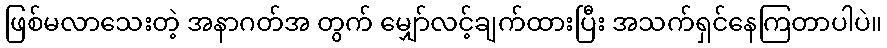
ဖြစ်မလာသေးတဲ့ အနာဂတ်အ တွက် မျှော်လင့်ချက်ထားပြီး အသက်ရှင်နေကြတာပါပဲ။